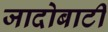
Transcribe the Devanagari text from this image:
जादोबाटी